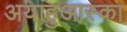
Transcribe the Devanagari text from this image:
अयाहुआस्का